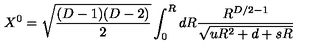
X ^ { 0 } = \sqrt { \frac { ( D - 1 ) ( D - 2 ) } { 2 } } \int _ { 0 } ^ { R } d R { \frac { { R ^ { D / 2 - 1 } } } { \sqrt { u R ^ { 2 } + d + s R } } }